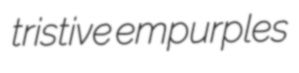
tristive empurples